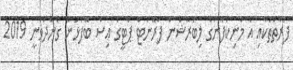
ފަރާތްތަކާއި އެ މަނިކުފާނުގެ ލިބަރޭޝަން ފްރޮންޓް ޕާޓީގެ އިސް ބޭފުޅުން ގެންދަވަނީ 2019